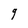
Character: g